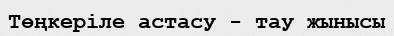
Төңкеріле астасу - тау жынысы